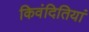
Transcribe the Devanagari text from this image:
किवंदितियां